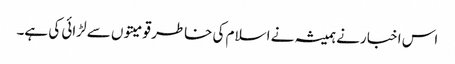
اس اخبا رنے ہمیشہ نے اسلام کی خاطر قومیتوں سے لڑائی کی ہے۔